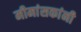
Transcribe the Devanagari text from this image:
मीमांसकांनी